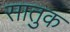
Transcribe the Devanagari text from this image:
सातुक